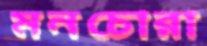
মনচোরা